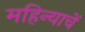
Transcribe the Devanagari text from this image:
महिन्याचें